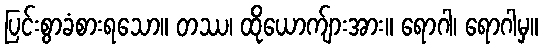
ပြင်းစွာခံစားရသော။ တဿ၊ ထိုယောက်ျားအား။ ရောဂါ၊ ရောဂါမှ။